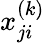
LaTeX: x_{ji}^{(k)}